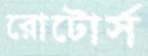
রোটোর্স